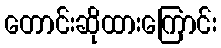
တောင်းဆိုထားကြောင်း